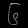
Digit: ၆